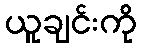
ယူချင်းကို